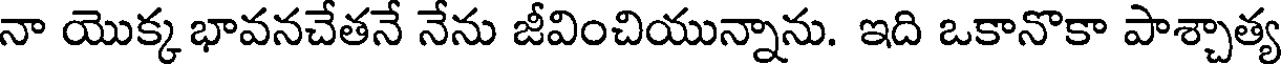
నా యొక్క భావనచేతనే నేను జీవించియున్నాను. ఇది ఒకానొకా పాశ్చాత్య